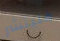
فليتشر